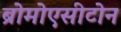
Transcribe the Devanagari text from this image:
ब्रोमोएसीटोन